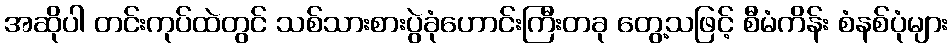
အဆိုပါ တင်းကုပ်ထဲတွင် သစ်သားစားပွဲခုံဟောင်းကြီးတခု တွေ့သဖြင့် စီမံကိန်း စံနစ်ပုံများ